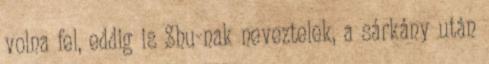
volna fel, eddig is Shu-nak neveztelek, a sárkány után